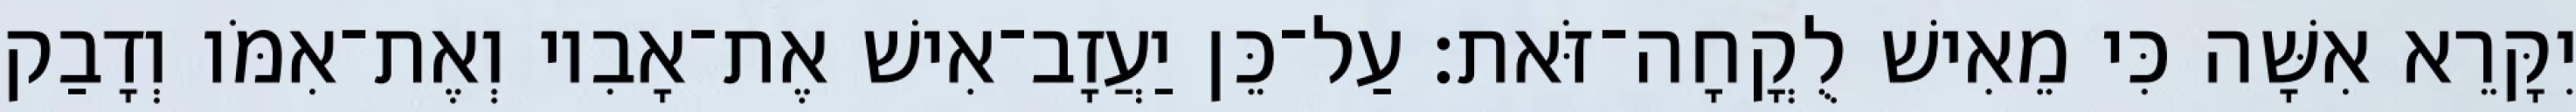
יִקָּרֵא אִשָּׁה כִּי מֵאִישׁ לֻקֳחָה־זֹּאת׃ עַל־כֵּן יַעֲזָב־אִישׁ אֶת־אָבִיו וְאֶת־אִמֹּו וְדָבַק